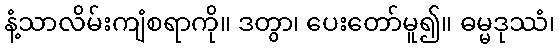
နံ့သာလိမ်းကျံစရာကို။ ဒတွာ၊ ပေးတော်မူ၍။ ဓမ္မဒုဿံ၊